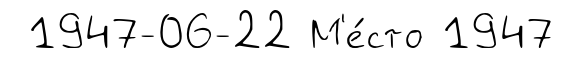
1947-06-22 М'е́сто 1947